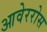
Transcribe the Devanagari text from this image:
आवेररोस